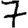
Digit: 7